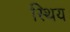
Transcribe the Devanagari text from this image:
स्थिय